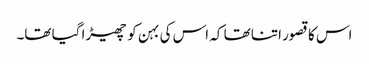
اس کا قصور اتنا تھا کہ اس کی بہن کو چھیڑا گیا تھا۔